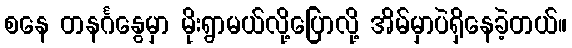
စနေ တနင်္ဂနွေမှာ မိုးရွာမယ်လို့ပြောလို့ အိမ်မှာပဲရှိနေခဲ့တယ်။